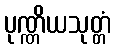
ပုဏ္ဏိယသုတ္တံ